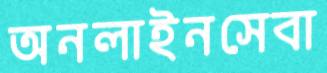
অনলাইনসেবা